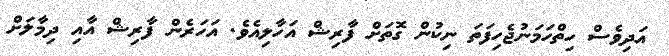
އަދިވެސް ހިތްހަމަނުޖެހިފަތަ ނިކުން ގޮތަށް ފާރިޝް އަހާލިއެވެ. އަހަރެން ފާރިޝް އާއި ދިމާލަށް